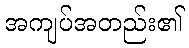
အကျပ်အတည်း၏